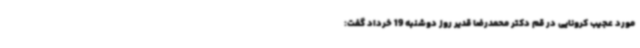
مورد عجیب کرونایی در قم دکتر محمدرضا قدیر روز دوشنبه 19 خرداد گفت: